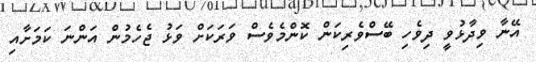
އޭނާ ވިދާޅުވީ ދިވެހި ބޭސްވެރިކަން ކޮންމެވެސް ވަރަކަށް ވަޅު ޖެހެމުން އަންނަ ކަމަށާއި